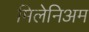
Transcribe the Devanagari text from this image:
मिलेनिअम